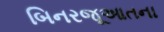
બિનરજૂઆતના